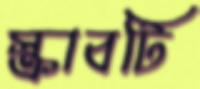
স্ক্রাবটি